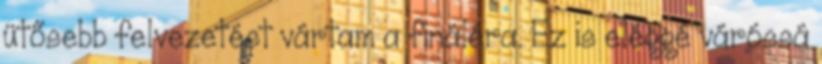
ütősebb felvezetést vártam a fináléra. Ez is eléggé váróssá